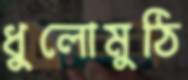
ধুলোমুঠি